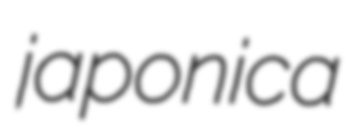
japonica